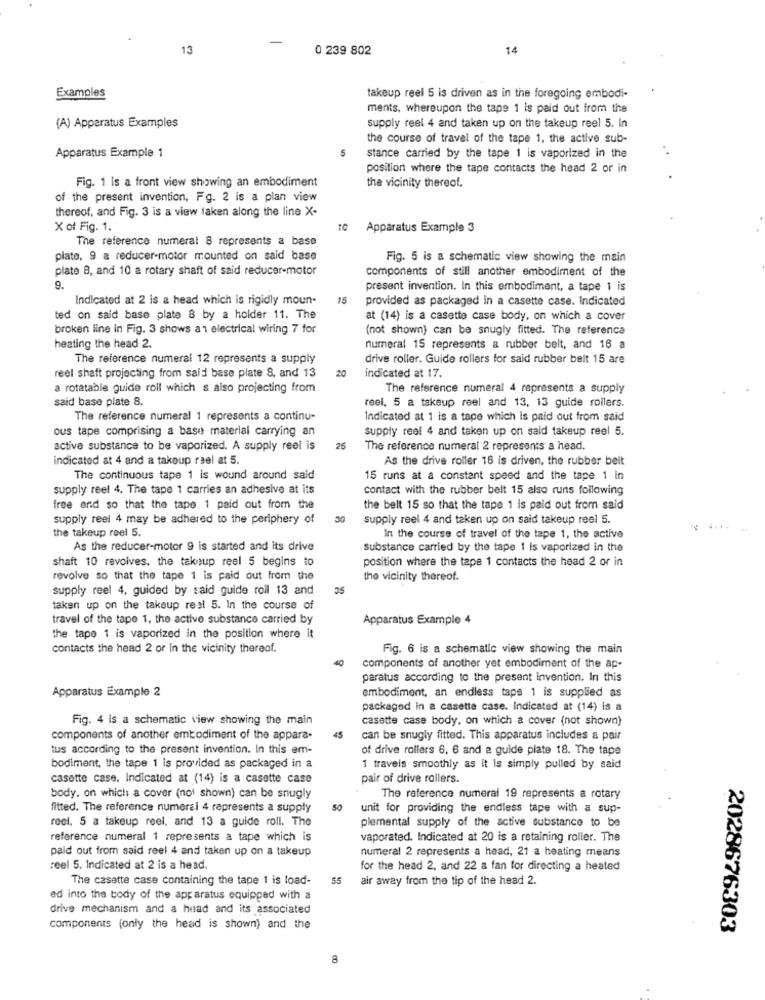
13
0 239 802
14
Examples
takeup reel 5 is driven as in the foregoing embodi-
ments, whereupon the tape 1 is paid out from the
(A) Apparatus Examples
supply reel 4 and taken up on the takeup reel 5. In
the course of travel of the tape 1, the active sub-
Apparatus Example 1
stance carried by the tape 1 is vaporized in the
position where the tape contacts the head 2 or in
Fig. 1 is a front view showing an embodiment
the vicinity thereof.
of the present invention, Fg. 2 is a plan view
thereof, and Fig. 3 is a view laken along the line X-
X of Fig. 1.
10 Apparatus Example 3
The reference numeral 8 represents a base
plate, 9 a reducer-motor mounted on said base
Fig. 5 is a schematic view showing the main
plate 8, and 10 a rotary shaft of said reducer-motor
components of still another embodiment of the
9.
present invention. In this embodiment, a tape 1 is
Indicated at 2 is a head which is rigidly moun-
15
provided as packaged in a casette case. Indicated
ted on said base plate 8 by a holder 11. The
at (14) is a casette case body, on which a cover
broken line In Fig. 3 shows a 1 electrical wiring 7 for
(not shown) can be snugly fitted. The reference
heating the head 2.
numeral 15 represents a rubber belt, and 16 a
The reference numeral 12 represents a supply
drive roller. Guide rollers for said rubber belt 15 are
reel shaft projecting from said base plate 8, and 13
20
indicated at 17.
a rotatable guide roll which s also projecting from
The reference numeral 4 represents a supply
said base plate 8.
reel, 5 a takeup reel and 13, 13 guide rollers.
The reference numeral 1 represents a continu-
Indicated at 1 is a tape which is paid out from said
ous tape comprising a base material carrying an
supply reel 4 and taken up on said takeup reel 5.
active substance to be vaporized. A supply reel is
25
The reference numeral 2 represents a head.
indicated at 4 and a takoup rael at 5.
As the drive roller 16 is driven, the rubber belt
The continuous tape 1 is wound around said
15 runs at a constant speed and the tape 1 in
supply reel 4. The tape 1 carries an adhesive at its
Contact with the rubber belt 15 also runs following
free and so that the tape 1 paid out from the
the belt 15 so that the tape 1 is paid out from said
supply reel 4 may be adhered to the periphery of
30
supply reel 4 and taken up on said takeup reel 5.
the takeup reel 5.
In the course of travel of the tape 1, the active
As the reducer-motor 9 is started and its drive
substance carried by the tape 1 is vaporized in the
shaft 10 revolves, the taknup reel 5 begins to
position where the tape 1 contacts the head 2 or in
revolve so that the tape 1 is paid out from the
the vicinity thereof.
supply reel 4, guided by said guide roll 13 and
taken up on the takeup real 5. In the course of
travel of the tape 1. the active substance carried by
Apparatus Example 4
the tape 1 is vaporized in the position where it
contacts the head 2 or in the vicinity thereof.
Fig. 6 is a schematic view showing the main
40
components of another yet embodiment of the ap-
paratus according to the present invention. In this
Apparatus Example 2
embodiment, an endless tape 1 is supplied as
packaged in a casette case. Indicated at (14) is a
Fig. 4 is a schematic view showing the main
casette case body, on which a cover (not shown)
components of another embodiment of the appara-
can be snugly fitted. This apparatus includes a pair
tus according to the present invention. In this em-
of drive rollers 6, 6 and a guide plate 18. The tape
bodiment, the tape 1 is provided as packaged in a
1 travels smoothly as it is simply pulled by said
casette case. Indicated at (14) is a casette case
pair of drive rollers.
body. on which a cover (not shown) can be snugly
The reference numeral 19 represents a rotary
fitted. The reference numeral 4 represents a supply
50
unit for providing the endless tape with a sup-
reel. 5 a takeup reel, and 13 a guide roll. The
plemental supply of the active substance to be
reference numeral 1 represents a tape which is
vaporated. Indicated at 20 is a retaining roller. The
paid out from said reel 4 and taken up on a takeup
numeral 2 represents a head, 21 a heating means
reel 5. Indicated at 2 is a head.
for the head 2, and 22 a fan for directing a heated
The casette case containing the tape 1 is load-
55
air away from the tip of the head 2.
ed into the body of the apparatus equipped with a
drive mechanism and a head and its associated
components (only the head is shown) and the
2028676303
8